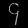
Digit: ၄